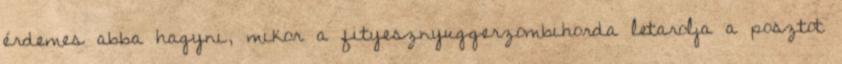
érdemes abba hagyni, mikor a fityesznyuggerzombihorda letarolja a posztot